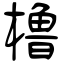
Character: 橹